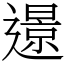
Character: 𨗈